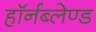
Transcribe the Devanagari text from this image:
हॉर्नब्लेण्ड